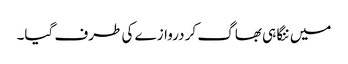
میں ننگا ہی بھاگ کر دروازے کی طرف گیا۔